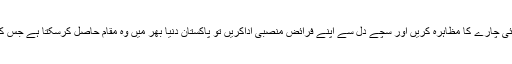
پاکستان میں وسائل اور ذہانت کی کمی نہیں اگر ہم بھائی چارے کا مظاہرہ کریں اور سچے دل سے اپنے فرائض منصبی اداکریں تو پاکستان دنیا بھر میں وہ مقام حاصل کرسکتا ہے جس کا خواب قائد اعظم اور ان کے رفقاء کار نے دیکھا تھا۔